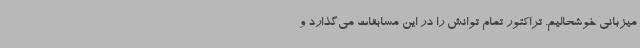
میزبانی خوشحالیم. تراکتور تمام توانش را در این مسابقات می‌گذارد و